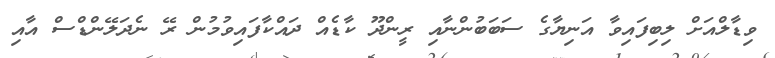
ވިޑާލްއަށް ލިބިފައިވާ އަނިޔާގެ ސަބަބުންނާއި ރީންދޫ ކާޑެއް ދައްކާފައިވުމުން ރޭ ނެދަލޭންޑްސް އާއި